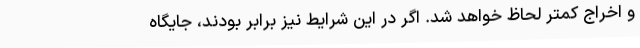
و اخراج کمتر لحاظ خواهد شد. اگر در این شرایط نیز برابر بودند، جایگاه